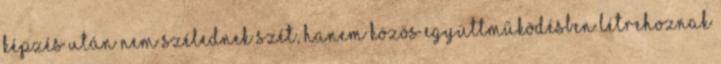
képzés után nem szélednek szét, hanem közös együttműködésben létrehoznak